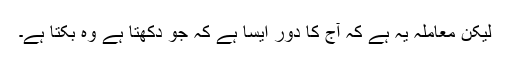
لیکن معاملہ یہ ہے کہ آج کا دور ایسا ہے کہ جو دکھتا ہے وہ بکتا ہے۔